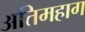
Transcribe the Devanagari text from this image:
अतिमहाग